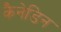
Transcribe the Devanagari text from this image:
कैनेडिन